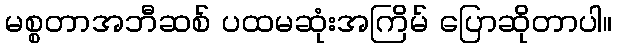
မစ္စတာအဘီဆစ် ပထမဆုံးအကြိမ် ပြောဆိုတာပါ။